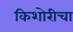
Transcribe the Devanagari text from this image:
किशोरीचा